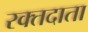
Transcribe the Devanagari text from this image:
रक्‍तदाता